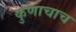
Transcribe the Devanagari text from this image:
कुणाचाच